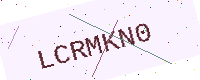
Text: LCRMKN0